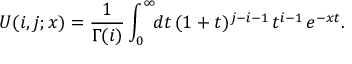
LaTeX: U ( i , j ; x ) = \frac { 1 } { \Gamma ( i ) } \int _ { 0 } ^ { \infty } \! \! d t \, ( 1 + t ) ^ { j - i - 1 } \, t ^ { i - 1 } \, e ^ { - x t } .